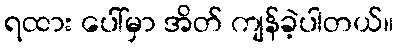
ရထား ပေါ်မှာ အိတ် ကျန်ခဲ့ပါတယ်။